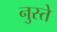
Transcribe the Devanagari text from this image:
नुस्ते